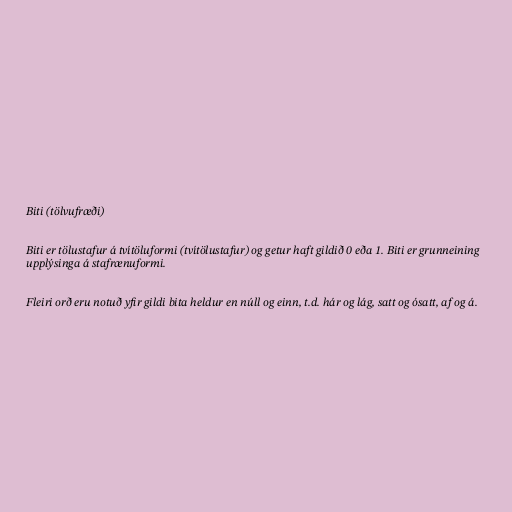
Biti (tölvufræði)

Biti er tölustafur á tvítöluformi (tvítölustafur) og getur haft gildið 0 eða 1. Biti er grunneining
upplýsinga á stafrænuformi.

Fleiri orð eru notuð yfir gildi bita heldur en núll og einn, t.d. hár og lág, satt og ósatt, af og á.